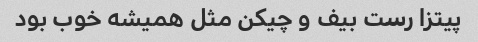
پیتزا رست بیف و چیکن مثل همیشه خوب بود